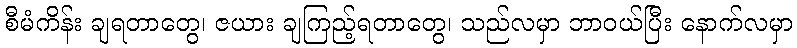
စီမံကိန်း ချရတာတွေ၊ ဇယား ချကြည့်ရတာတွေ၊ သည်လမှာ ဘာဝယ်ပြီး နောက်လမှာ